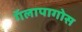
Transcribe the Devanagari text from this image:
गॅलापागोस